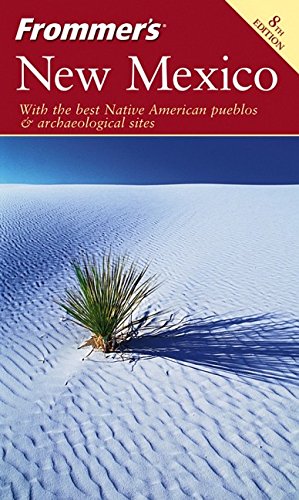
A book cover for Frommer's New Mexico (Frommer's Complete Guides); Lesley S. King; Travel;